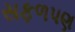
સફળપણ